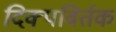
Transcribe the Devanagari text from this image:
दिक्पविर्तक